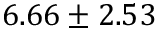
6 . 6 6 \pm 2 . 5 3